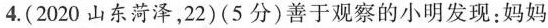
4. (2020山东菏泽，22)(5分)善于观察的小明发现：妈妈